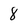
Character: 8